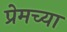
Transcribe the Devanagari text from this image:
प्रेमच्या